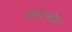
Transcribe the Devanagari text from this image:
धर्मउपदेश